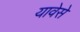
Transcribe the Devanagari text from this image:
यावेसे